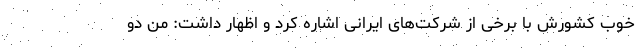
خوب کشورش با برخی از شرکت‌های ایرانی اشاره کرد و اظهار داشت: من دو